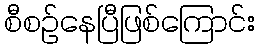
စီစဉ်နေပြီဖြစ်ကြောင်း